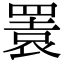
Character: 瞏